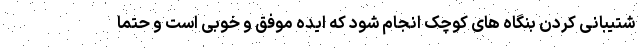
شتیبانی کردن بنگاه های کوچک انجام شود که ایده موفق و خوبی است و حتما